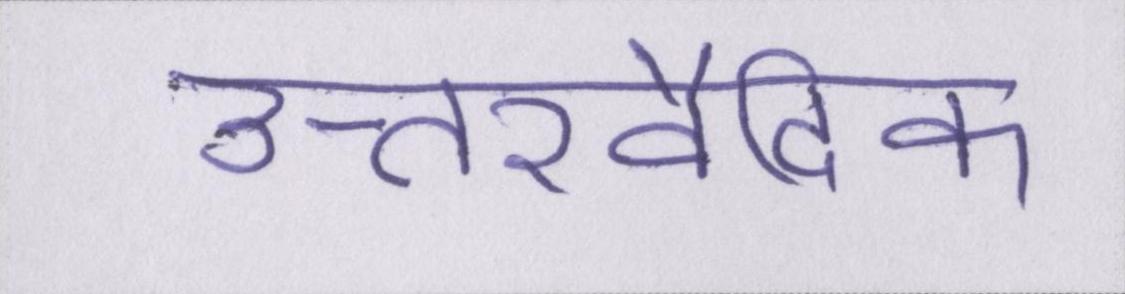
उत्तरवैदिक